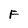
Character: F